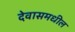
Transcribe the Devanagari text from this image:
देवासमधील